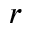
r